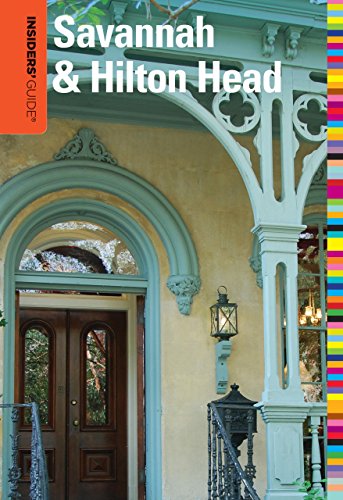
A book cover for Insiders' GuideÂ® to Savannah & Hilton Head, 8th (Insiders' Guide Series); Georgia R. Byrd; Travel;